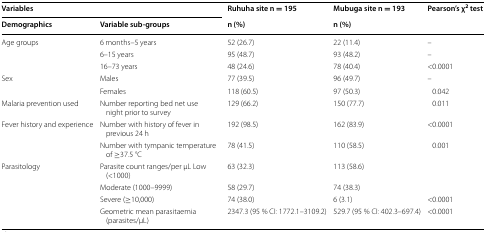
| <COLSPAN=2> Variables | Ruhuha site n = 195 | Mubuga site n = 193 | <ROWSPAN=2> Pearson’s χ2 test |
 | Demographics | Variable sub-groups | n (%) | n (%) |
 | --- | --- | --- | --- | --- |
 | <ROWSPAN=3> Age groups | 6 months–5 years | 52 (26.7) | 22 (11.4) | – |
 | 6–15 years | 95 (48.7) | 93 (48.2) | – |
 | 16–73 years | 48 (24.6) | 78 (40.4) | <0.0001 |
 | <ROWSPAN=2> Sex | Males | 77 (39.5) | 96 (49.7) | – |
 | Females | 118 (60.5) | 97 (50.3) | 0.042 |
 | Malaria prevention used | Number reporting bed net use night prior to survey | 129 (66.2) | 150 (77.7) | 0.011 |
 | <ROWSPAN=2> Fever history and experience | Number with history of fever in previous 24 h | 192 (98.5) | 162 (83.9) | <0.0001 |
 | Number with tympanic temperature of ≥37.5 °C | 78 (41.5) | 110 (58.5) | 0.001 |
 | <ROWSPAN=4> Parasitology | Parasite count ranges/per μL Low (<1000) | 63 (32.3) | 113 (58.6) |  |
 | Moderate (1000–9999) | 58 (29.7) | 74 (38.3) |  |
 | Severe (≥10,000) | 74 (38.0) | 6 (3.1) | <0.0001 |
 | Geometric mean parasitaemia (parasites/μL) | 2347.3 (95 % CI: 1772.1–3109.2) | 529.7 (95 % CI: 402.3–697.4) | <0.0001 |